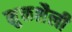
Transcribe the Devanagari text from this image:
मुक्तशैली